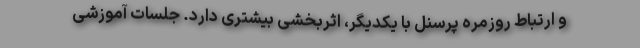
و ارتباط روزمره پرسنل با یکدیگر، اثربخشی بیشتری دارد. جلسات آموزشی